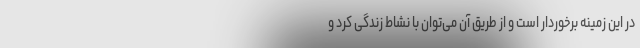
در این زمینه برخوردار است و از طریق آن می‌توان با نشاط زندگی کرد و